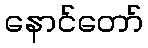
နောင်တော်